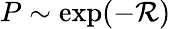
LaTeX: \textstyle P\sim\exp(-{\mathcal{R}})